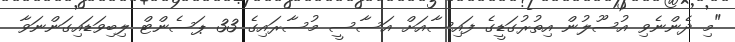
"މި ދެންނެވި އުސޫލުން އިތުރުގަޑީގެ ފައިސާއަށް އަސާސީ މުސާރައިގެ 33 ޕަސެންޓް ލިބިވަޑައިގަންނަވާ